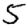
Digit: 5